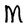
Character: M